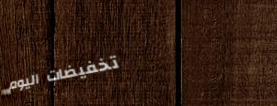
تخفيضات اليوم